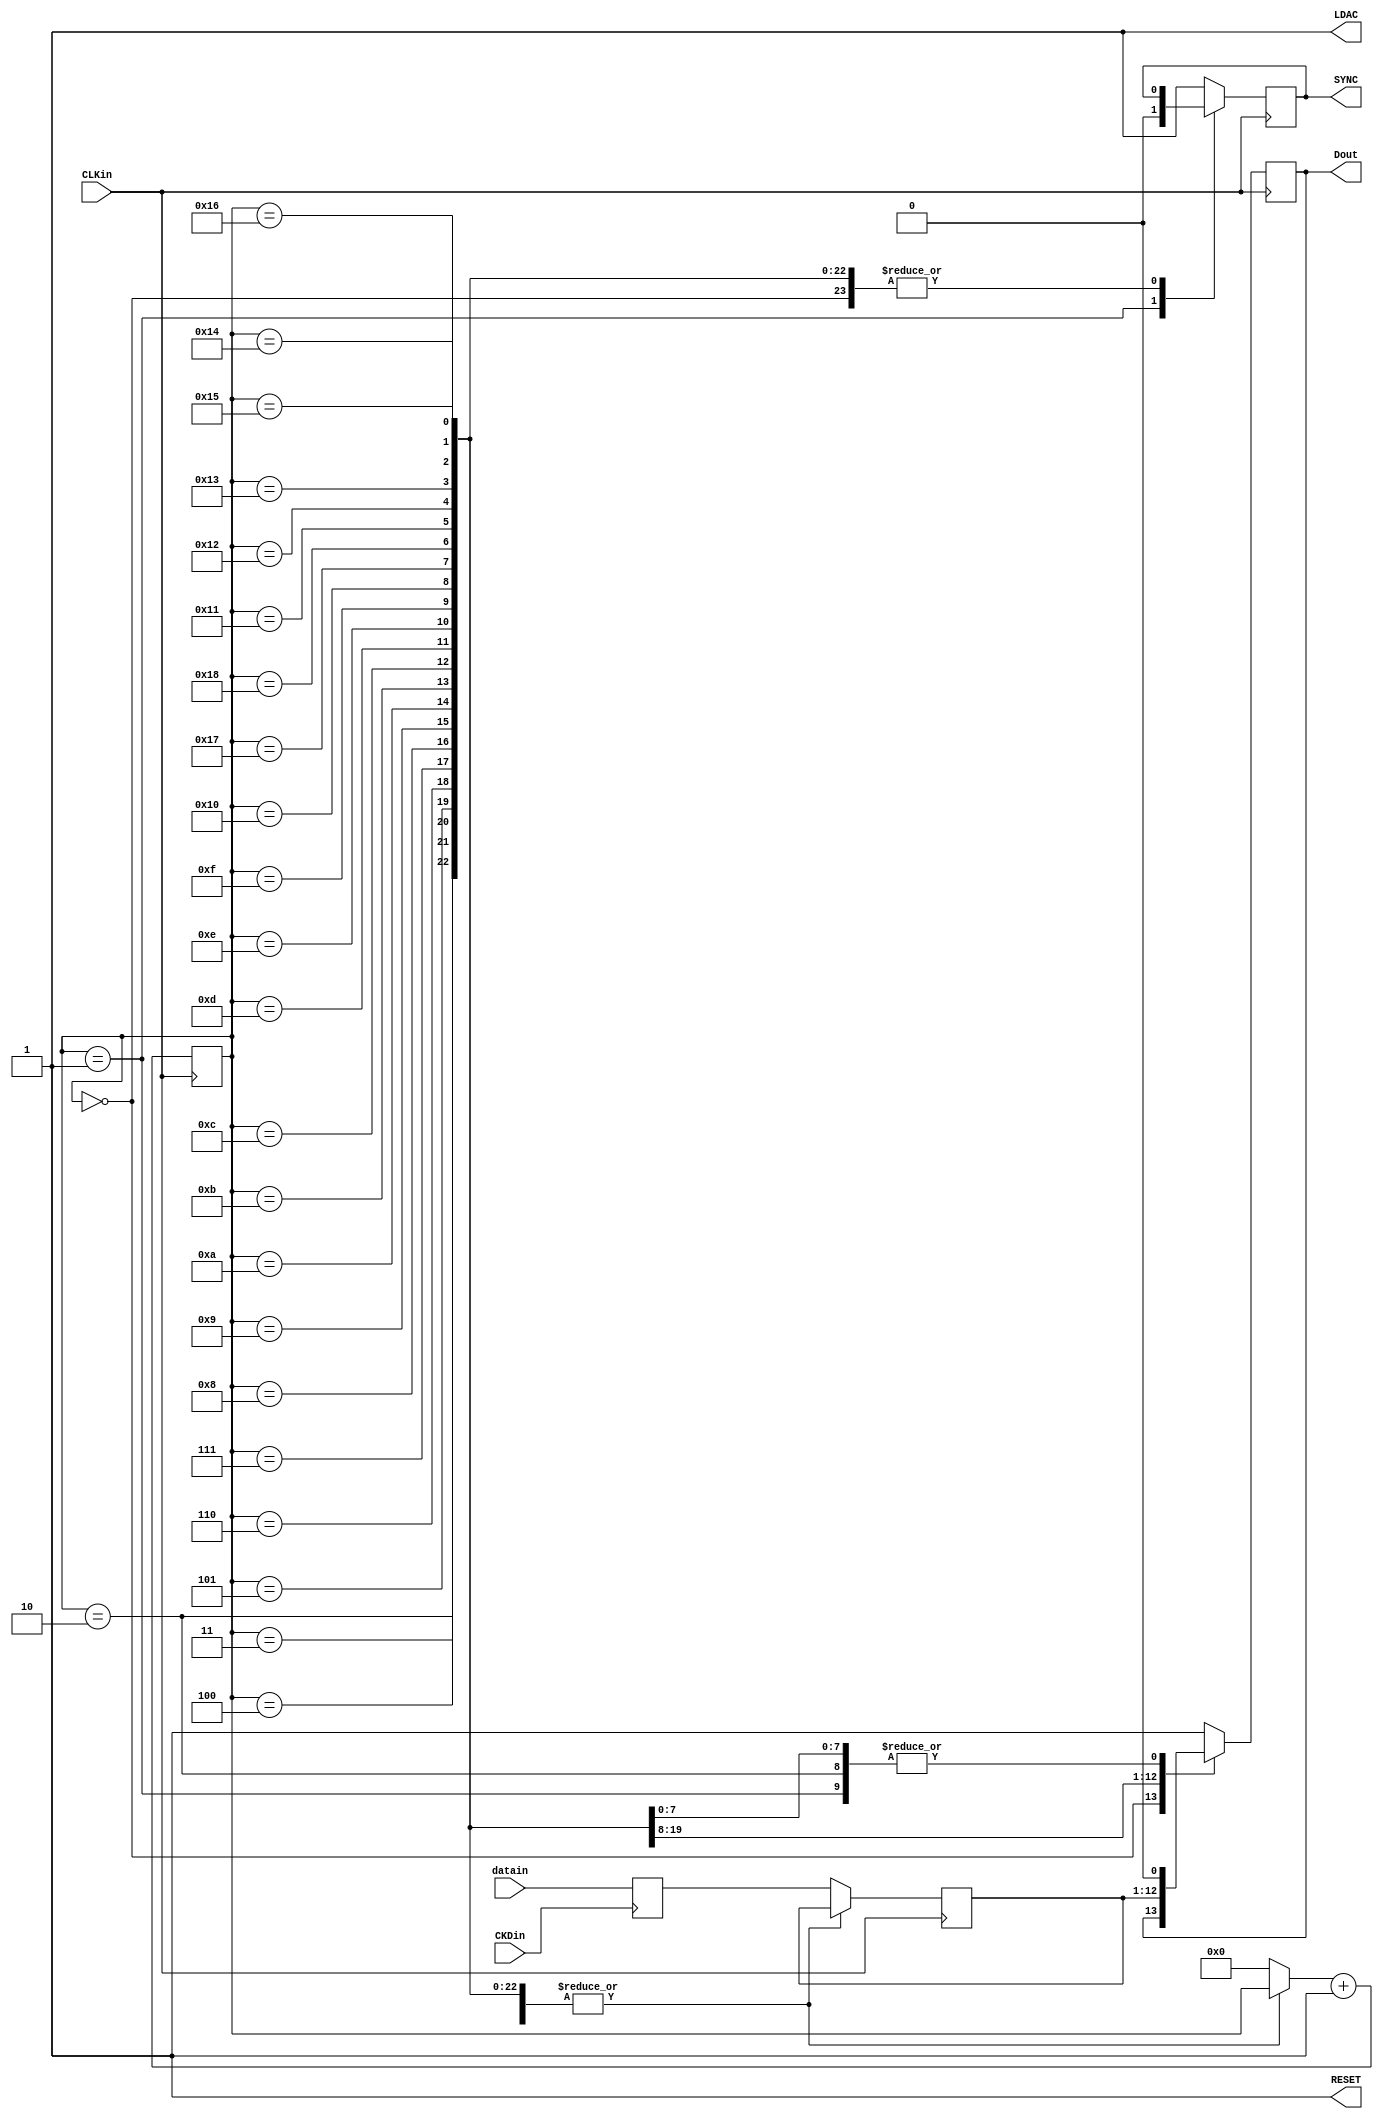
module DAControl(
	datain,
	CKDin,
	CLKin,
	Dout,
	LDAC,
	RESET,
	SYNC	
);
input [11:0] datain;
input CKDin,CLKin;
output reg Dout,LDAC,RESET,SYNC;
parameter opcode=3;//Write DAC Register
reg [11:0] inBuffer;
reg [23:0] outBuffer;
reg [4:0] state;

initial begin
	state=5'd0;
	Dout=1'b0;
	LDAC=1'b1;
	RESET=1'b1;
	SYNC=1'b1;
	outBuffer[19:0]=20'd0;
	outBuffer[23:20]=opcode;
end

always@ (posedge CKDin)begin
	inBuffer=datain;
	
end

always @(posedge CLKin)begin			
		case(state)
			5'd0:;
			5'd1:begin
				SYNC=1'b0;
				Dout=outBuffer[23];
				end
			5'd2:Dout=outBuffer[22];
			5'd3:Dout=outBuffer[21];
			5'd4:Dout=outBuffer[20];
			5'd5:Dout=outBuffer[19];
			5'd6:Dout=outBuffer[18];
			5'd7:Dout=outBuffer[17];
			5'd8:Dout=outBuffer[16];
			5'd9:Dout=outBuffer[15];
			5'd10:Dout=outBuffer[14];
			5'd11:Dout=outBuffer[13];
			5'd12:Dout=outBuffer[12];
			5'd13:Dout=outBuffer[11];
			5'd14:Dout=outBuffer[10];
			5'd15:Dout=outBuffer[9];
			5'd16:Dout=outBuffer[8];
			5'd17:Dout=outBuffer[7];
			5'd18:Dout=outBuffer[6];
			5'd19:Dout=outBuffer[5];
			5'd20:Dout=outBuffer[4];
			5'd21:Dout=outBuffer[3];
			5'd22:Dout=outBuffer[2];
			5'd23:Dout=outBuffer[1];
			5'd24:Dout=outBuffer[0];
			5'd25:begin
					SYNC=1'b1;
					state=5'd0;
					Dout=1'b1;
					outBuffer[19:8]=inBuffer;
				end
			default:begin
				SYNC=1'b1;
				state=5'd0;
				Dout=1'b1;
				outBuffer[19:8]=inBuffer;
				end
		endcase
		state=state+5'd1;
end
	

endmodule